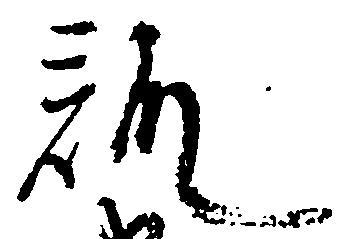
訓